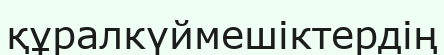
құралкүймешіктердің